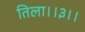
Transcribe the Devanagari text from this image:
तिला।।३।।